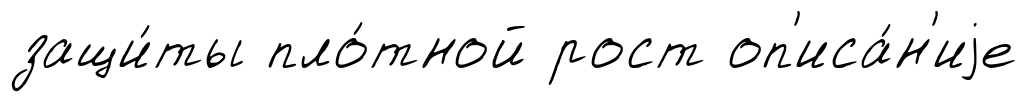
защи́ты пло́тной рост оп'иса́н'иjе